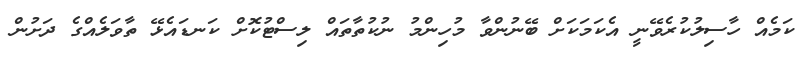
ކަމެއް ހާސިލުކުރެވޭނީ އެކަމަކަށް ބޭނުންވާ މުހިންމު ނުކުތާތައް ލިސްޓުކޮށް ކަނޑައެޅޭ ތާވަލެއްގެ ދަށުން